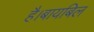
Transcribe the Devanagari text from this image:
है।बायबिल